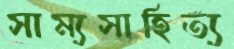
সাম্যসাহিত্য